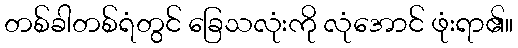
တစ်ခါတစ်ရံတွင် ခြေသလုံးကို လုံအောင် ဖုံးရာ၏။